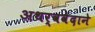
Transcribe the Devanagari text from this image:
अथर्ववेदाने